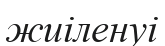
жиіленуі